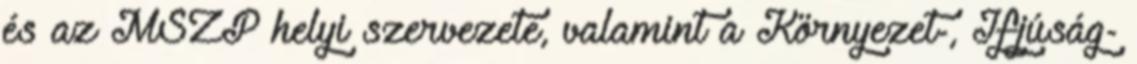
és az MSZP helyi szervezete, valamint a Környezet-, Ifjúság-